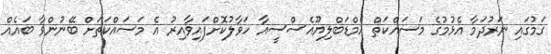
ގަމުގައި ނަރުދަމާ އެޅުމުގެ މަސައްކަތް އެމްޑަބްލިޔޫއެސްސީއާ ހަވާލުކޮށްފައިވާއިރު އެ މަސައްކަތަށް ބޭނުންވާ ބައެއް